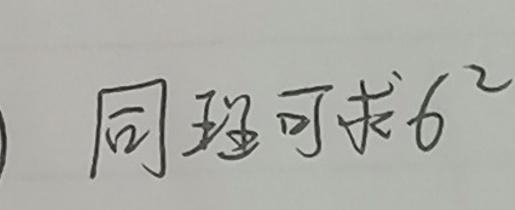
同理由可求6^{2}